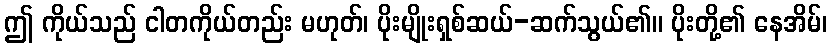
ဤ ကိုယ်သည် ငါတကိုယ်တည်း မဟုတ်၊ ပိုးမျိုးရှစ်ဆယ်-ဆက်သွယ်၏။ ပိုးတို့၏ နေအိမ်၊